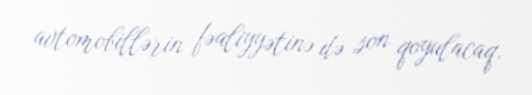
avtomobillərin fəaliyyətinə də son qoyulacaq.